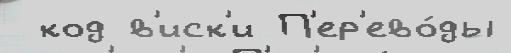
 код в'иск'и П'ер'ево́ды